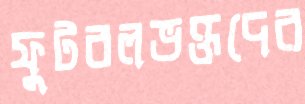
ফুটবলভক্তদের